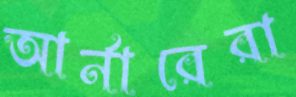
আর্নারেরা